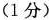
(1分)